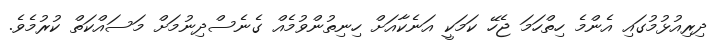
ދިރިއުޅުމުގައި އެންމެ ހިތްހަމަ ޖެހޭ ކަމަކީ އަނެކާއަށް ހިނިތުންވުމެއް ގެނެސްދިނުމަށް މަސައްކަތް ކުރުމެވެ.